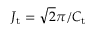
J _ { \mathrm { t } } = \sqrt { 2 } \pi / C _ { \mathrm { t } }